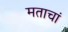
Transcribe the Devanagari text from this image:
मताचां